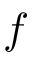
f